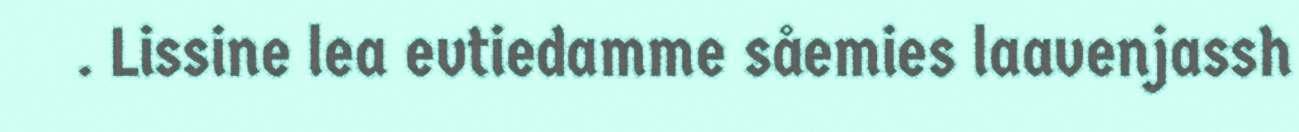
. Lissine lea evtiedamme såemies laavenjassh